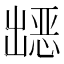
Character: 𭃀